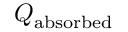
Q _ { \mathrm { a b s o r b e d } }